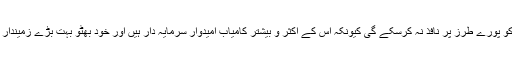
’’پیپلزپارٹی کے متعلق میرا خیال ہے کہ سوشلزم کو پورے طرز پر نافذ نہ کرسکے گی کیونکہ اس کے اکثر و بیشتر کامیاب امیدوار سرمایہ دار ہیں اور خود بھٹو بہت بڑے زمیندار ہیں لیکن میں حیران ہوا تو پنجابیوں کے کردار پر۔